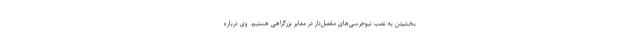
بخشیدن به نصب نیوجرسی‌های مفصل‌دار در معابر بزرگراهی هستیم. وی درباره